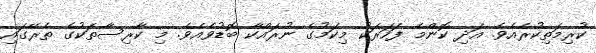
ކުރިމަތިކުރެއެވެ. އަދި ކޮންމެ ފަހަރަކު މިކަމުގެ ނުރައްކާ ބޮޑުވެއެވެ. މި ކާރިސާތަކުގެ ތެރޭގައި